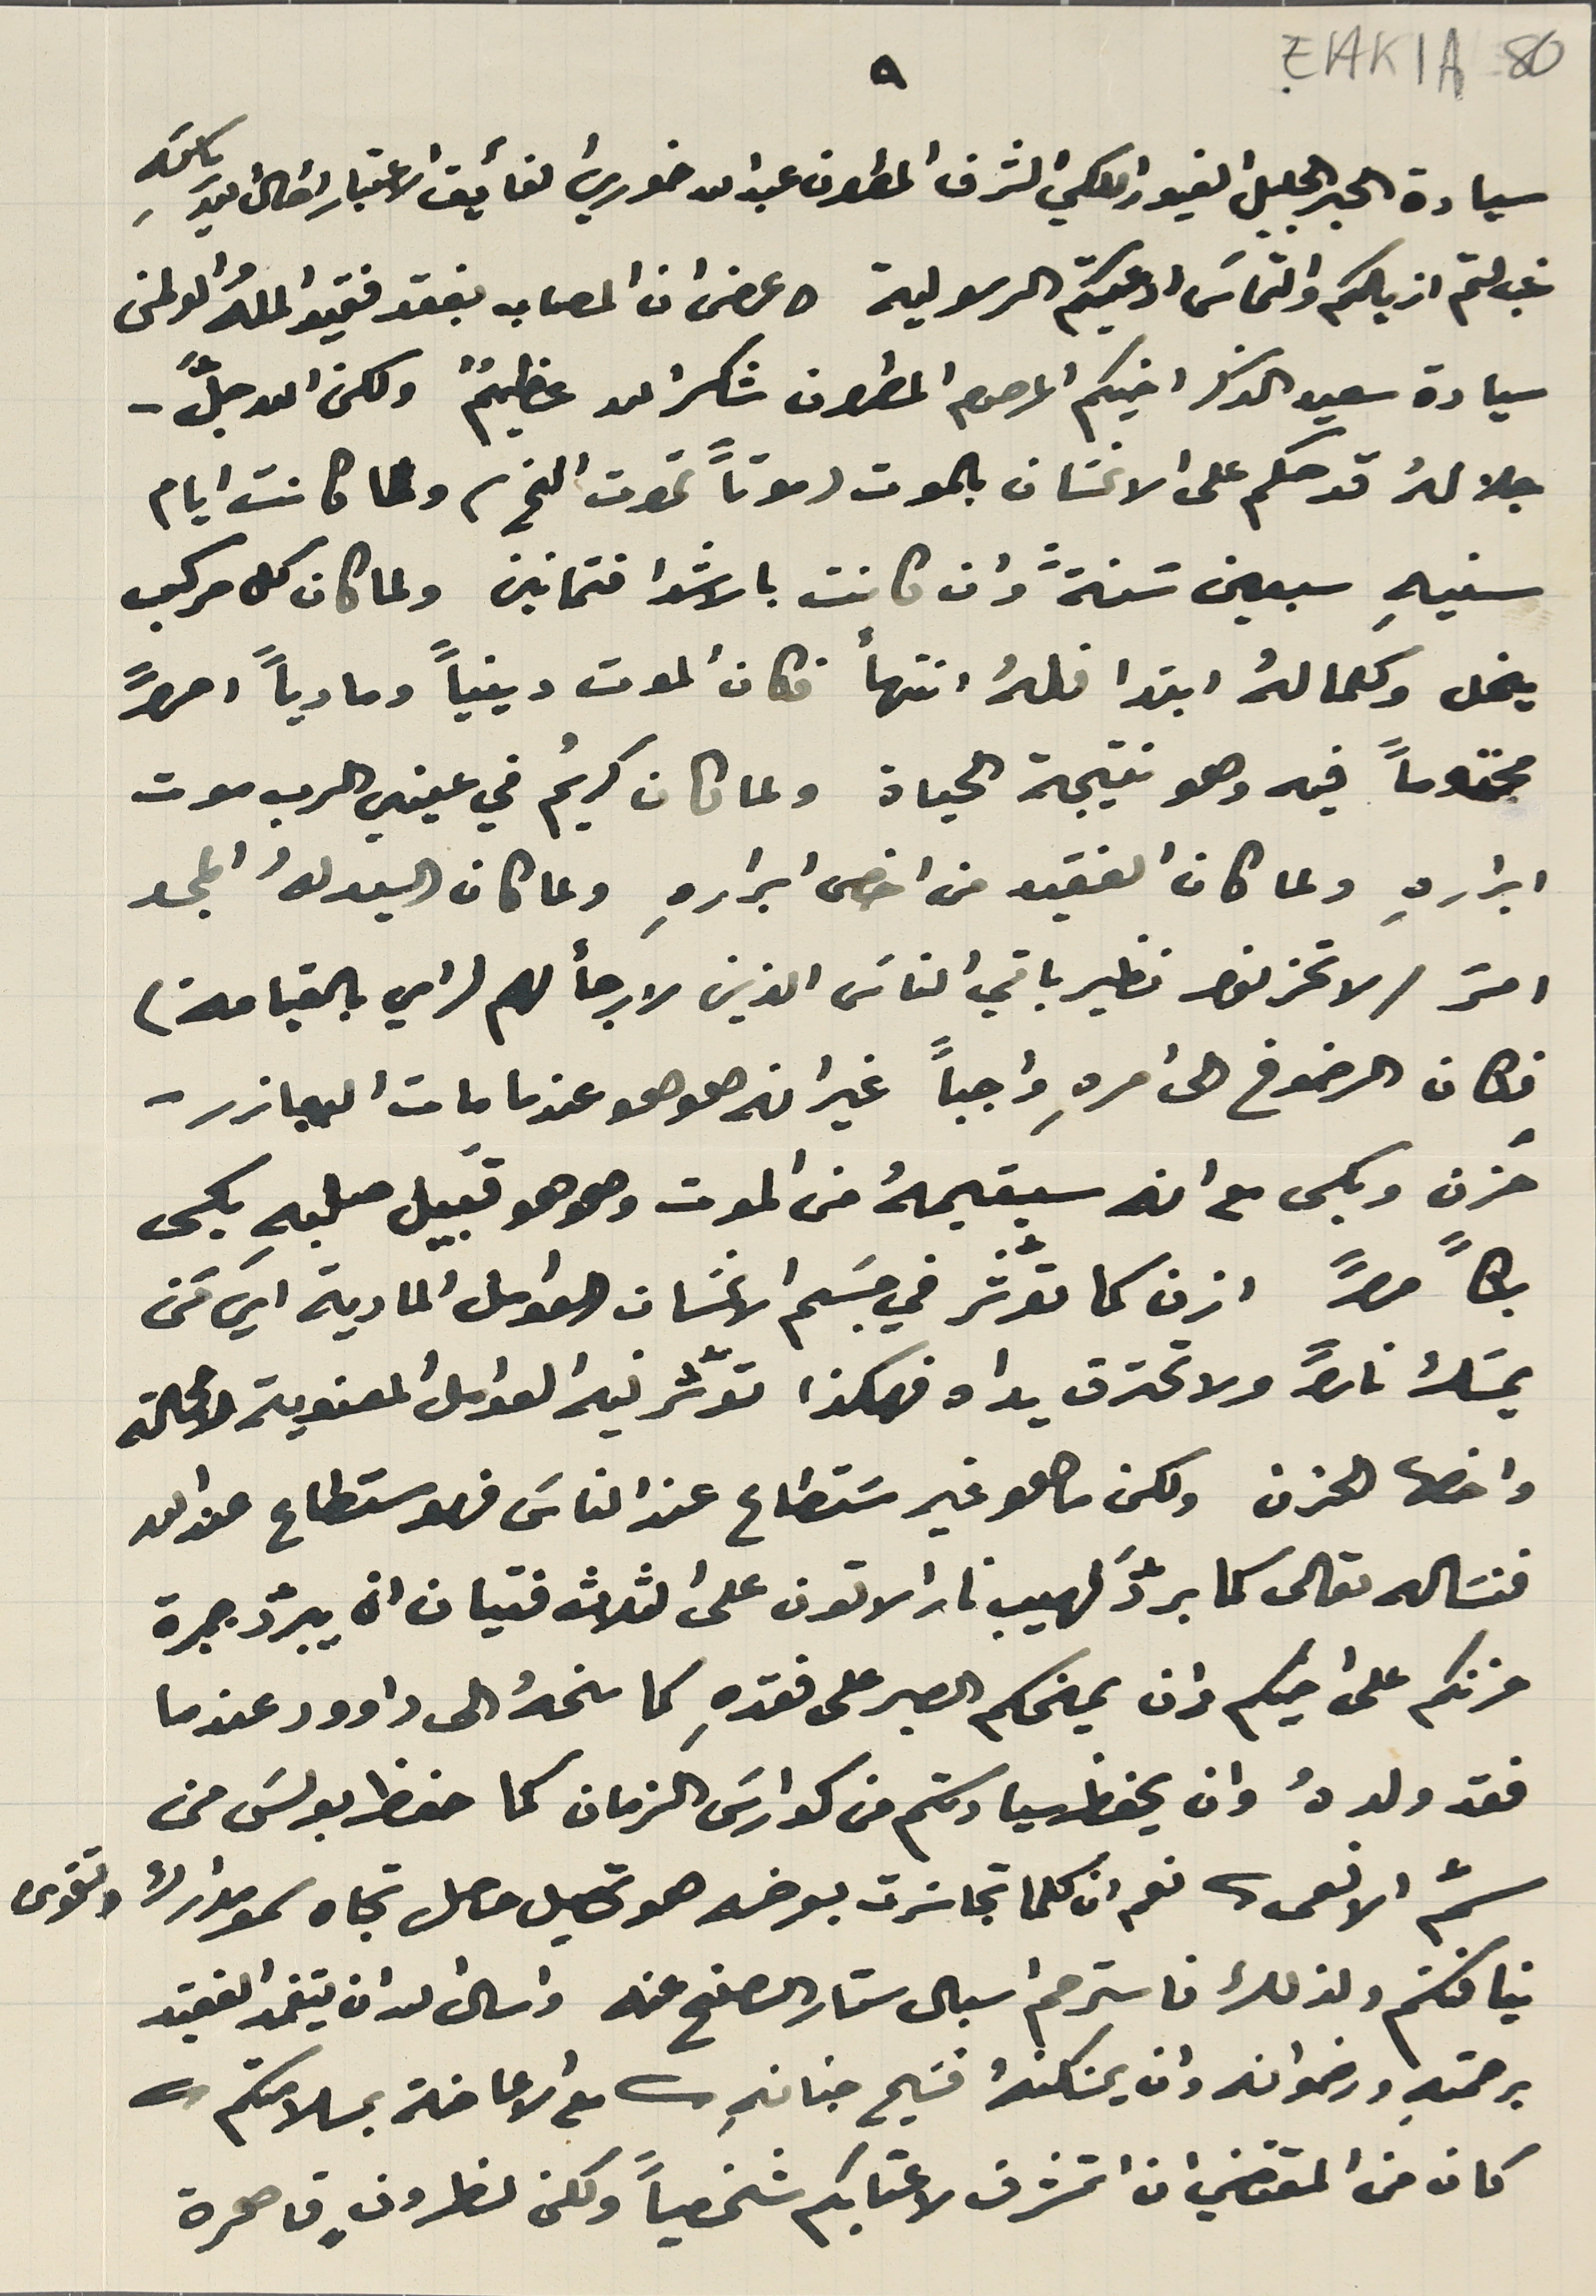
EAK1A-80
٩
سيادة الحبر الجليل الغيور الكلي الشرف المطران عبدالله خوري الفأيق الاعتبار اطال الله رياستهِ
غب لثم ازيالكم والتماسَ ادعيتكم الرسولية وعرض ان المصاب بفقد فقيد اللهُ والوطن
سيادة سعيد الذكر اخيكم المرحوم المطران شكرالله عظيمٌ ولكن الله جلَّ -
جلالهُ قد حكم على الانسَان بالموت (موتاً تموت الخ) ولما كانت ايام
سنيهِ سبعين سَنةً وان كانت بالاشدا فتمانين ولما كان كل مركب
ينحل وكعمالهُ ابتدا فلهُ انتهأ فكان الموت دينياً ومادياً امراً
محتوماً فيه وهو نتيجة الحياة ولما كان كريمُ في عيني الرب موت
ابرارهِ ولما كان الفقيد من اخص ابرارهِ ولما كان السيد لهُ المجد
امرَ / لا تحزنوا نظير باقي الناسَ الذين لا رجأ لهم (اي بالقيامة)
فكان الرضوخ الى امرهِ واجباً غير انه هو هو عندما مات اليعازر-
حُزن وبكى مع انه سيقيمهُ من الموت وهو هو قبَيل صلبهِ بكى
بكاً مراً ازن كما تؤثر في جسَم الانسَان العوامل المادية اي مَن
يمسَك ناراً ولا تحترق يداه فهكذا تؤثر فيه العوامل المعنوية لامحالة
 واخصها الحزن ولكن ما هو غير مسَتطاع عند الناسَ فهو مستطاع عند الله
فنسَاله تعالى كما برّدَ لهيب نار الاتون على الثلاث فتيان انه يبرّد جميرة
حزنكم على اخيكم وان يمنحكم الصبر على فقدهِ كما منحهُ الى داوود عندما
فقد ولدهُ وان يحفظ سيادتكم من كوارسَ الزمان كما حفظ بولسَ من
سمّ الافعى. نعم ان كلما تجاسَرت بعرضه هو تحصيل حاصل تجاه سمو مدارك وتقوى
نيافتكم ولذلك فاسترحم اسبال ستار الصفح عنه واسال الله ان يتغمد الفقيد
برحمتهِ ورضوانه وان يسَكنهٌ فسَيح جنانهِ ( مع الاعاضة بسلامتكم)
كان من المقتضي ان اتشرف لاعتابكم شخصياً ولكن الظروفٍ قاهرة